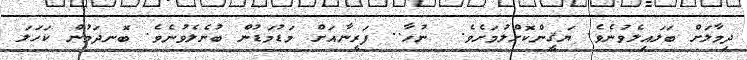
ދިމާލަށް ބަލައިލެވުނެވެ. ޔަޤީންކޮށްލުމަށެވެ.  ނުހާ.. ފަރީނާއަށް މަޑުމަޑުން ބުނެލެވުނެވެ. ބޮނދަމުން ކަހަލަ